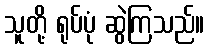
သူတို့ ရုပ်ပုံ ဆွဲကြသည်။